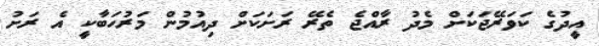
އީދުގެ ކަވަރޭޖަކަށް މެދު ރާއްޖެ ތެރޭ ރަށަކަށް ދިއުމުން މަރުހަބާކީ އެ ރަށު